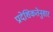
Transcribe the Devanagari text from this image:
प्रादेशिकतेनुसार